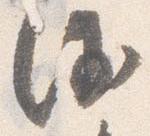
沙